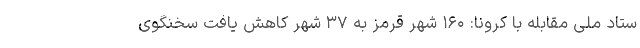
ستاد ملی مقابله با کرونا: ۱۶۰ شهر قرمز به ۳۷ شهر کاهش یافت سخنگوی